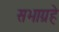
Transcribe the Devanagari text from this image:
सभाग्रहे